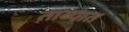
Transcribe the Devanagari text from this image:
ताब्‍यात